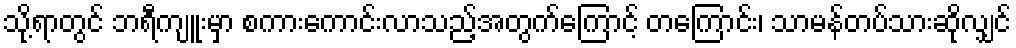
သို့ရာတွင် ဘရီကျူးမှာ စကားကောင်းလာသည့်အတွက်ကြောင့် တကြောင်း၊ သာမန်တပ်သားဆိုလျှင်